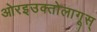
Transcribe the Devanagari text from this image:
ओरइउक्तोलागूस्